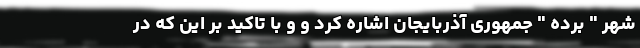
شهر " برده " جمهوری آذربایجان اشاره کرد و و با تاکید بر این که در